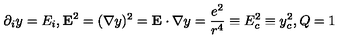
\partial _ { i } y = E _ { i } , { \bf E } ^ { 2 } = ( { \bf \nabla } y ) ^ { 2 } = { \bf E } \cdot { \bf \nabla } y = \frac { e ^ { 2 } } { r ^ { 4 } } \equiv E _ { c } ^ { 2 } \equiv y _ { c } ^ { 2 } , Q = 1